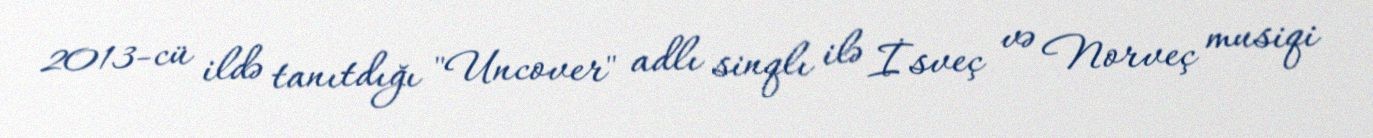
2013-cü ildə tanıtdığı "Uncover" adlı sinqlı ilə İsveç və Norveç musiqi